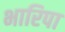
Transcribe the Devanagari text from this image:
भारिपा